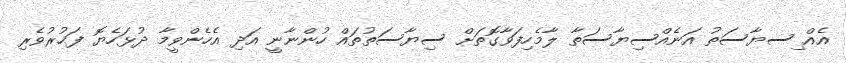
އެއް ިސޔާސަތު އަނެއްސިޔާސަތާ ލާމެހިފަވާގޮތަށް ސިޔާސަތުތައް ހުންނާނީ އަދި އެހެންވީމާ ދުޅަހެޔޮ ފަޙުރުވެރި